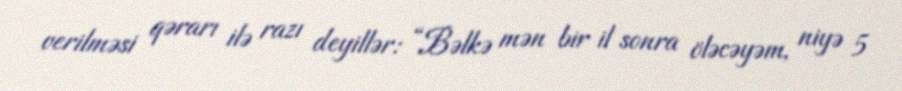
verilməsi qərarı ilə razı deyillər: “Bəlkə mən bir il sonra öləcəyəm, niyə 5